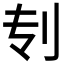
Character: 𰄞